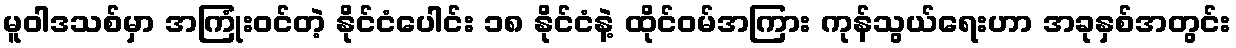
မူဝါဒသစ်မှာ အကြုံးဝင်တဲ့ နိုင်ငံပေါင်း ၁၈ နိုင်ငံနဲ့ ထိုင်ဝမ်အကြား ကုန်သွယ်ရေးဟာ အခုနှစ်အတွင်း